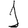
Digit: 1